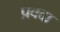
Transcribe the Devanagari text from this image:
प्रवदा